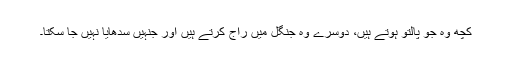
کچھ وہ جو پالتو ہوتے ہیں، دوسرے وہ جنگل میں راج کرتے ہیں اور جنہیں سدھایا نہیں جا سکتا۔